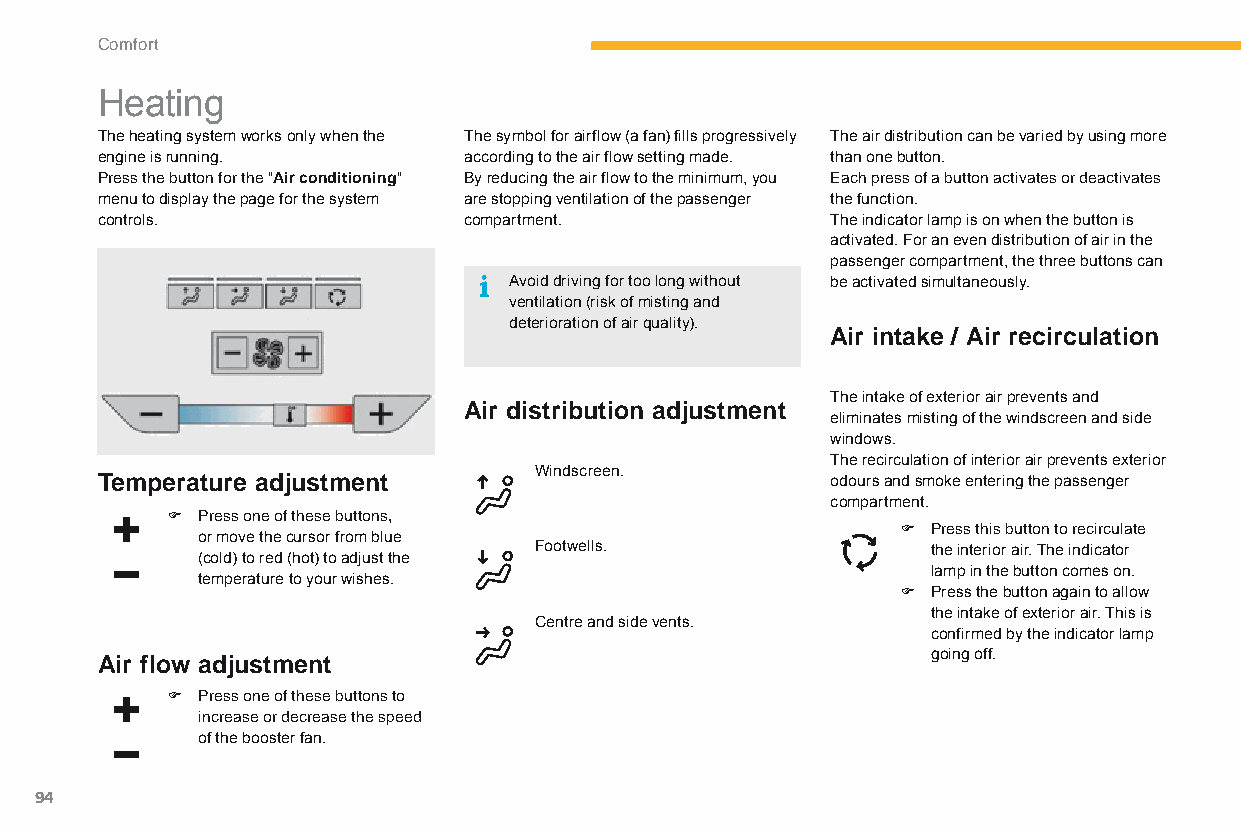
Comfort
 Heating
 The heating system works only when the The symbol for airflow (a fan) fills progressively The air distribution can be varied by using more
 engine is running.       according to the air flow setting made. than one button.
 Press the button for the "Air conditioning" By reducing the air flow to the minimum, you Each press of a button activates or deactivates
 menu to display the page for the system are stopping ventilation of the passenger the function.
 controls.                compartment.            The indicator lamp is on when the button is
 activated. For an even distribution of air in the
 passenger compartment, the three buttons can
 Avoid driving for too long without be activated simultaneously.
 ventilation (risk of misting and
 deterioration of air quality).
 Air intake / Air recirculation
 The intake of exterior air prevents and
 Air distribution adjustment
 eliminates misting of the windscreen and side
 windows.
 The recirculation of interior air prevents exterior
 Windscreen.
 Temperature adjustment                           odours and smoke entering the passenger
 compartment.
 F Press one of these buttons,
 F Press this button to recirculate
 or move the cursor from blue
 Footwells.                 the interior air. The indicator
 (cold) to red (hot) to adjust the
 lamp in the button comes on.
 temperature to your wishes.
 F Press the button again to allow
 the intake of exterior air. This is
 Centre and side vents.
 confirmed by the indicator lamp
 going off.
 Air flow adjustment
 F Press one of these buttons to
 increase or decrease the speed
 of the booster fan.
 94
 C4-Picasso-II_en_Chap03_confort_ed01-2015